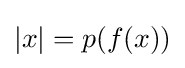
|x|=p(f(x))